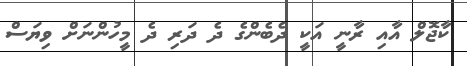
ކާޖޮލް އާއި ރާނީ އަކީ ދެބެންގެ ދެ ދަރި ދެ މީހުންނަށް ވިޔަސް